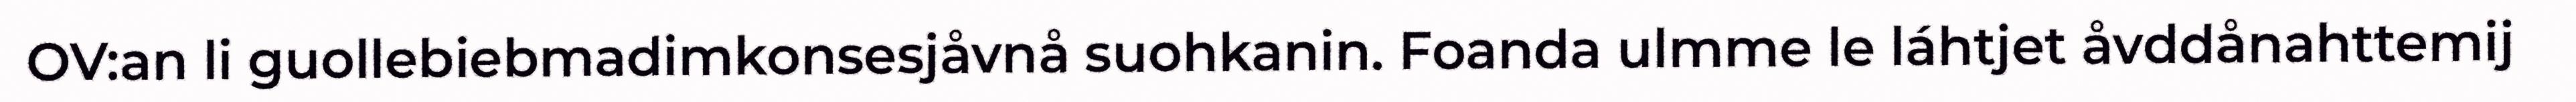
OV:an li guollebiebmadimkonsesjåvnå suohkanin. Foanda ulmme le láhtjet åvddånahttemij